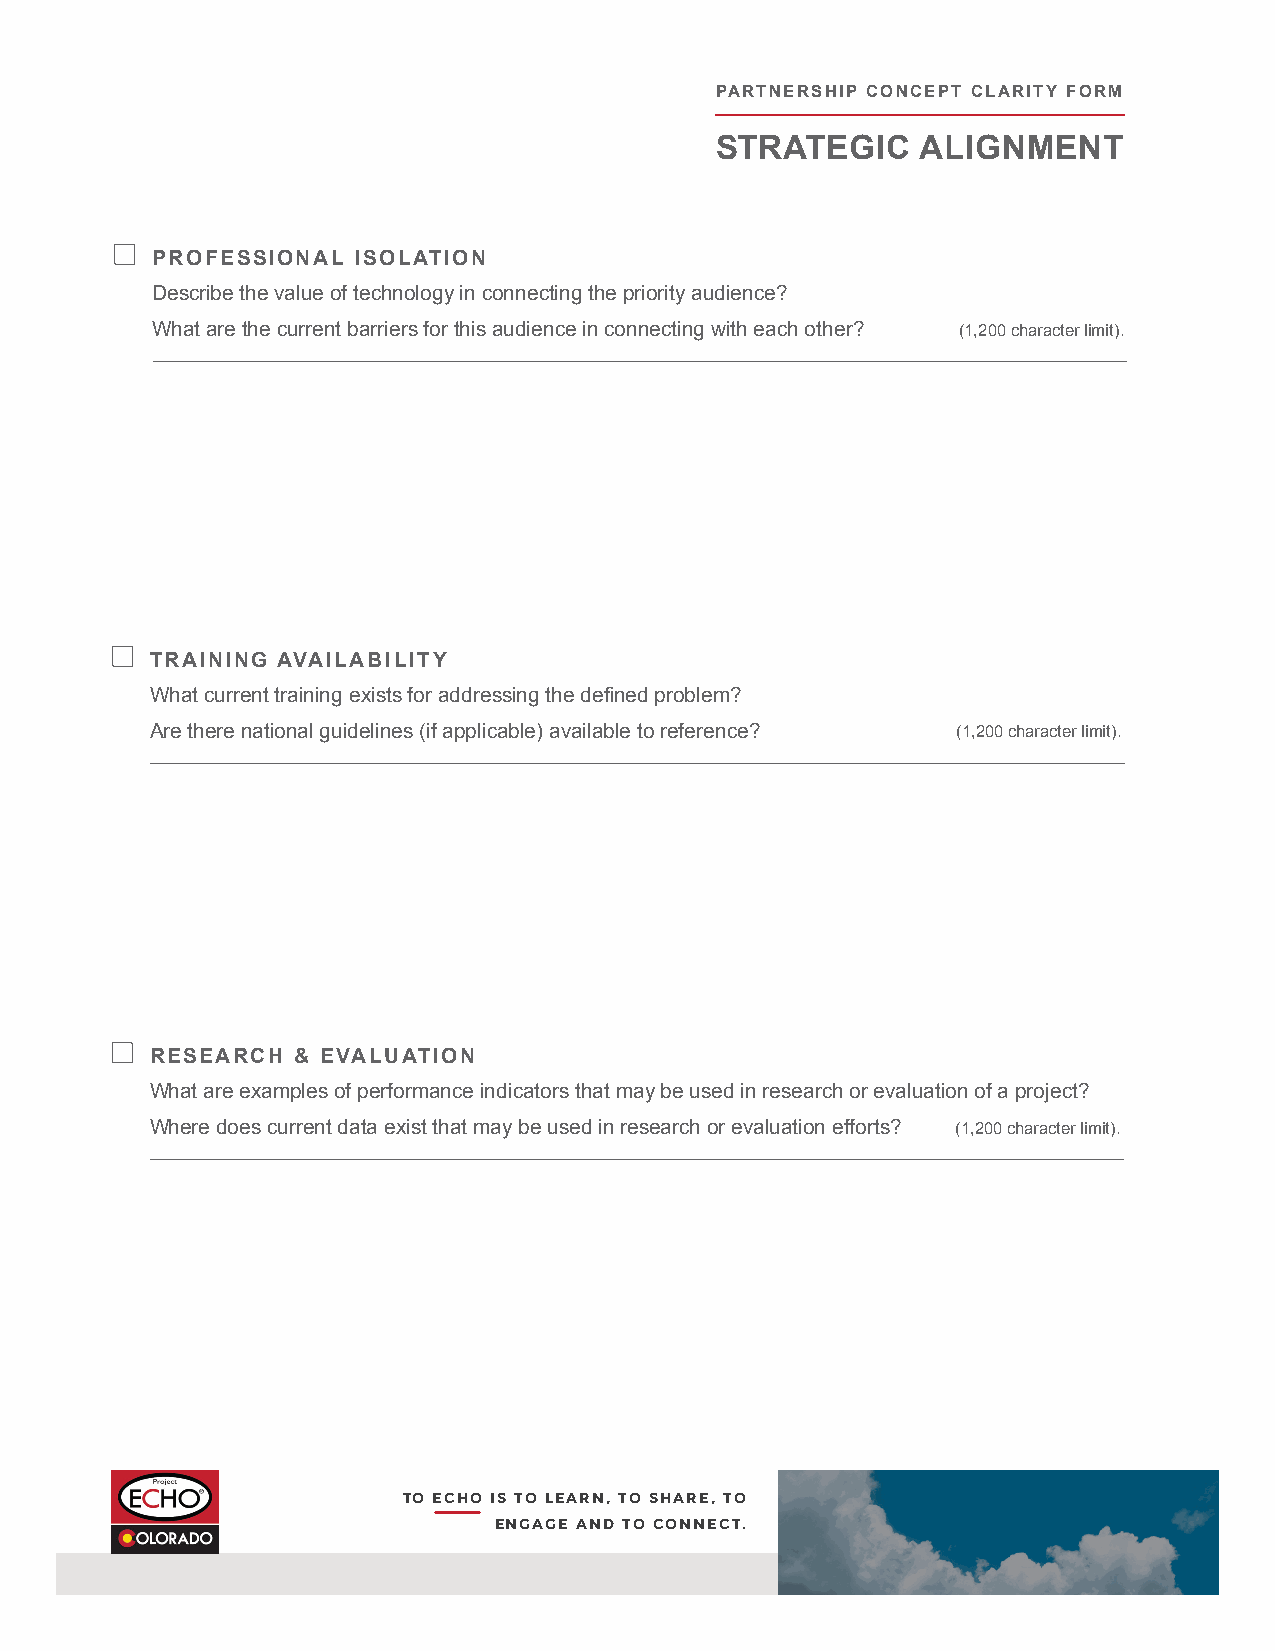
PARTNERSHIP CONCEPT CLARITY FORM
 STRATEGIC     ALIGNMENT
 PROFESSIONAL ISOLATION
 Describe the value of technology in connecting the priority audience?
 What are the current barriers for this audience in connecting with each other? (1,200 character limit).
 TRAINING AVAILABILITY
 What current training exists for addressing the defined problem?
 Are there national guidelines (if applicable) available to reference? (1,200 character limit).
 RESEARCH  & EVALUATION
 What are examples of performance indicators that may be used in research or evaluation of a project?
 Where does current data exist that may be used in research or evaluation efforts? (1,200 character limit).
 TO ECHO IS TO LEARN, TO SHARE, TO
 ENGAGE AND TO CONNECT.